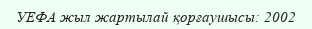
УЕФА жыл жартылай қорғаушысы: 2002